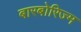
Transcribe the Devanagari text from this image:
बारबोरिज्म